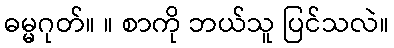
ဓမ္မဂုတ်။ ။ စာကို ဘယ်သူ ပြင်သလဲ။